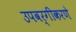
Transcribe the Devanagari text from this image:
उपवर्गीकरणे